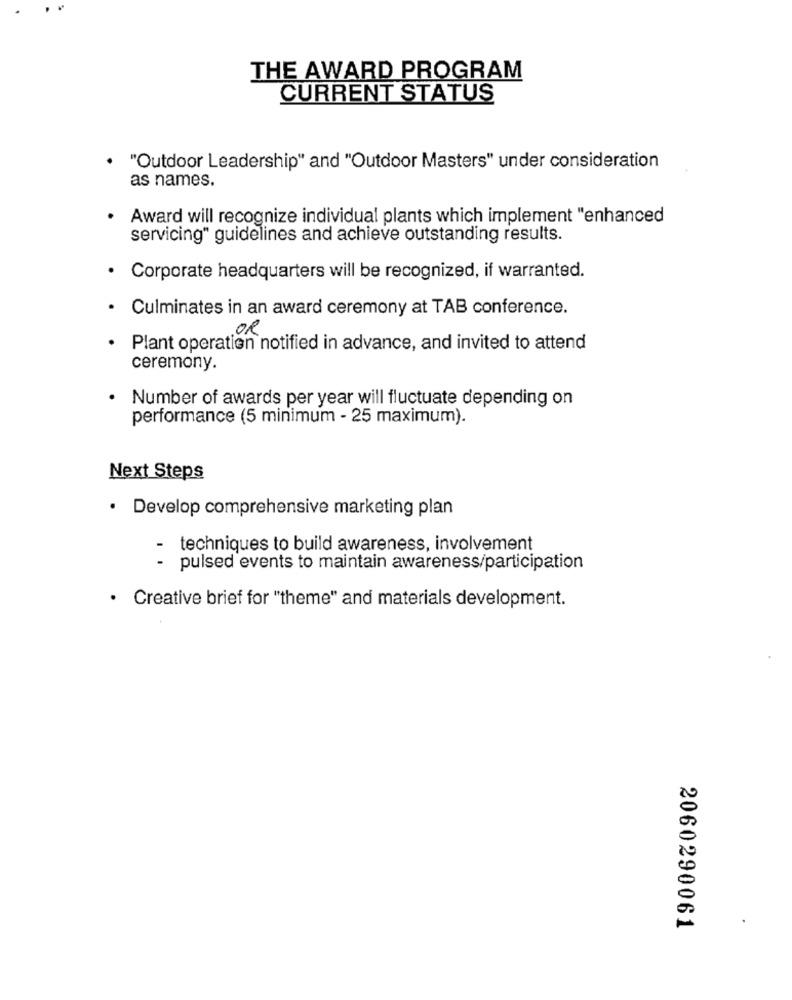
THE AWARD PROGRAM
CURRENT STATUS
. "Outdoor Leadership" and "Outdoor Masters" under consideration
as names.
· Award will recognize individual plants which implement "enhanced
servicing" guidelines and achieve outstanding results.
Corporate headquarters will be recognized, if warranted.
Culminates in an award ceremony at TAB conference.
OR
Plant operation notified in advance, and invited to attend
ceremony.
Number of awards per year will fluctuate depending on
performance (5 minimum - 25 maximum).
Next Steps
· Develop comprehensive marketing plan
- techniques to build awareness, involvement
- pulsed events to maintain awareness/participation
. Creative brief for "theme" and materials development.
2060290061